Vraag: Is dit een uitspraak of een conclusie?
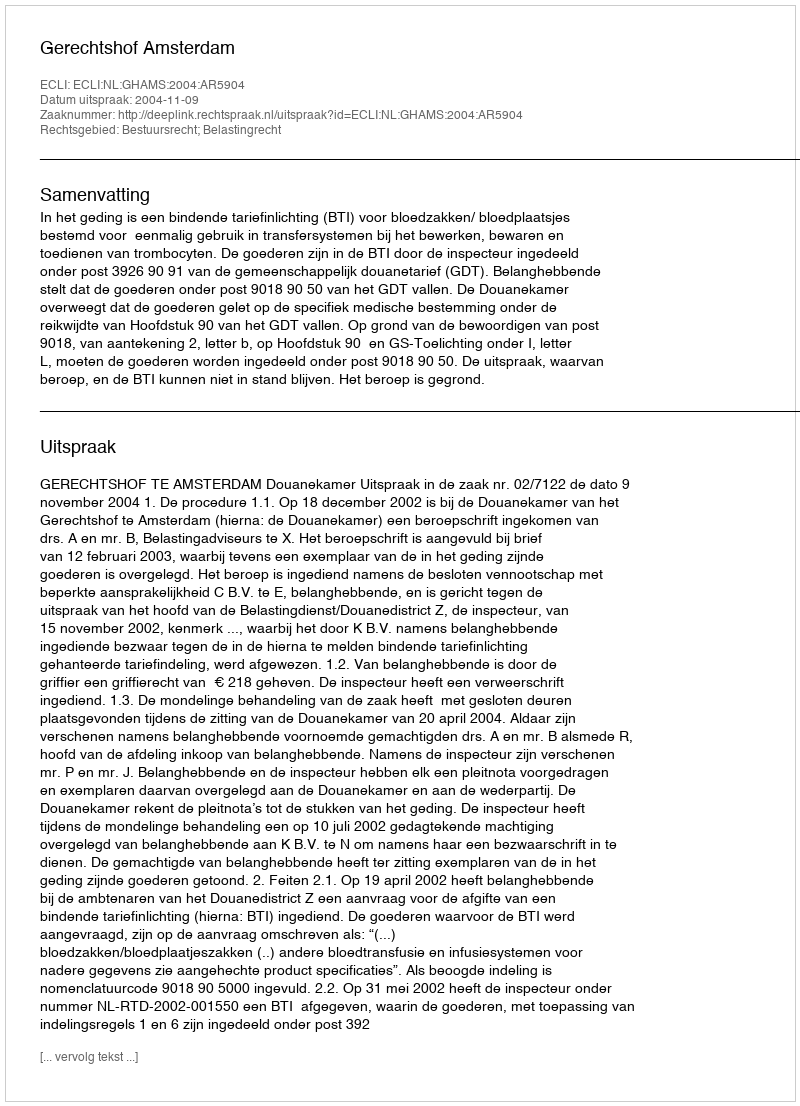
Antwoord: Uitspraak